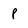
Character: p